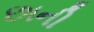
છાની